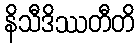
နိသီဒိဿတီတိ